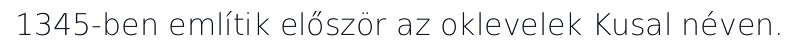
1345-ben említik először az oklevelek Kusal néven.